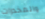
والمخدرات